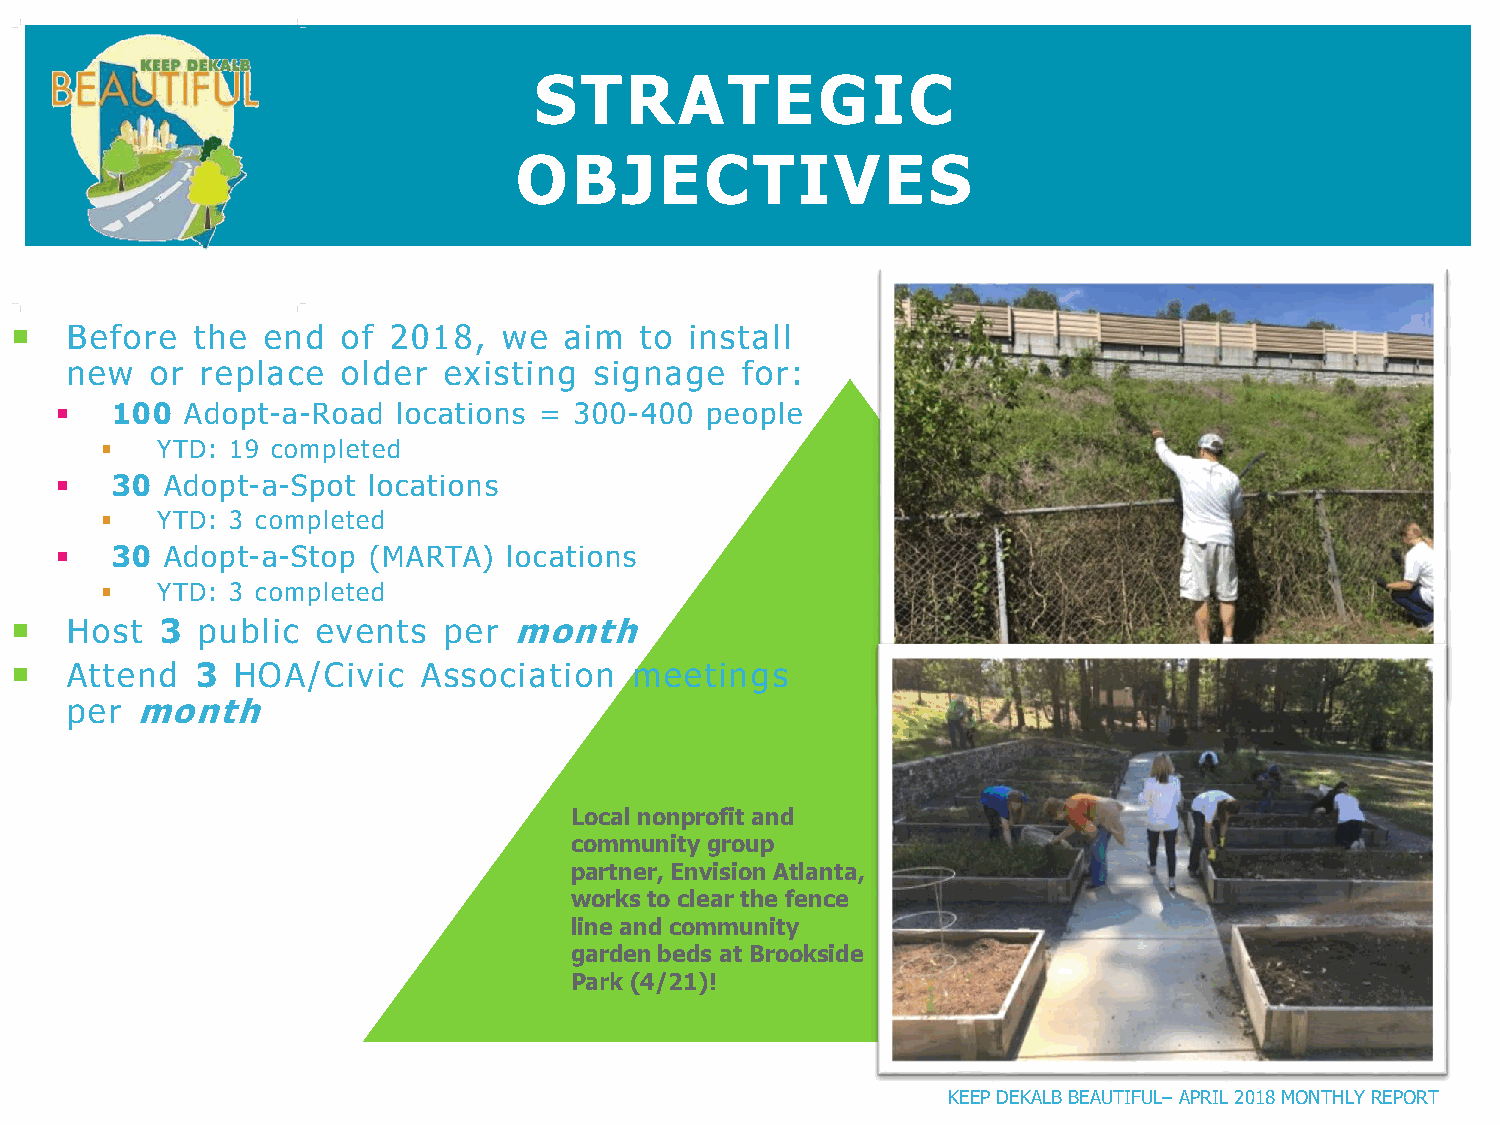
STRATEGIC
 OBJECTIVES
   Before   the end   of 2018,  we  aim  to  install
 new   or replace   older existing  signage   for:
   100  Adopt-a-Road  locations = 300-400  people
   YTD: 19 completed
   30  Adopt-a-Spot locations
   YTD: 3 completed
   30  Adopt-a-Stop (MARTA)   locations
   YTD: 3 completed
   Host   3 public  events  per  month
   Attend   3 HOA/Civic    Association   meetings
 per  month
 Local nonprofit and
 community group
 partner, Envision Atlanta,
 works to clear the fence
 line and community
 garden beds at Brookside
 Park (4/21)!
 KEEP DEKALB BEAUTIFUL–APRIL 2018 MONTHLY REPORT